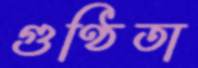
গুণ্ঠিতা